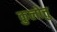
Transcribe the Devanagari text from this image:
कुलोत्तु